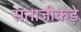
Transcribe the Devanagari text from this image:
संताजीकड़े